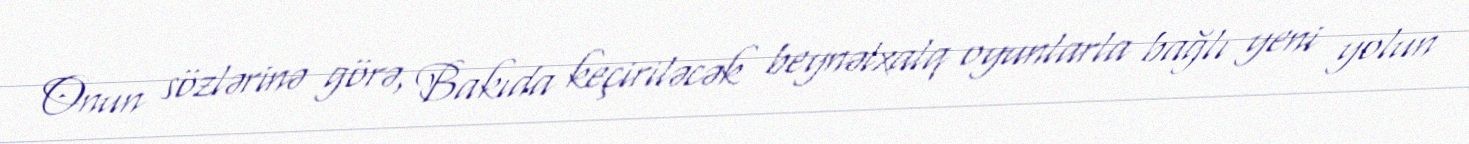
Onun sözlərinə görə, Bakıda keçiriləcək beynəlxalq oyunlarla bağlı yeni yolun